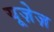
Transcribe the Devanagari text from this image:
यूज़ेज़